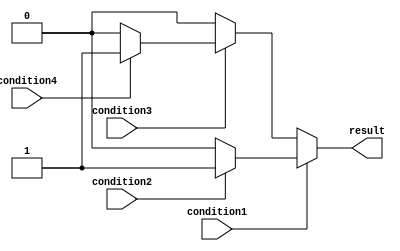
module nested_if_else (
    input condition1,
    input condition2,
    input condition3,
    input condition4,
    output reg result
);

always @(*)
begin
    if (condition1) begin
        if (condition2) begin
            result <= 1;  // execute code if condition1 and condition2 are true
        end else begin
            result <= 0;  // execute code if condition1 is true and condition2 is false
        end
    end else begin
        if (condition3) begin
            if (condition4) begin
                result <= 1;  // execute code if condition1 is false and condition3 and condition4 are true
            end else begin
                result <= 0;  // execute code if condition1 is false and condition3 is true but condition4 is false
            end
        end else begin
            result <= 0;  // execute code if condition1 and condition3 are false
        end
    end
end

endmodule